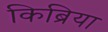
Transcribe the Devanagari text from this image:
किब्रिया